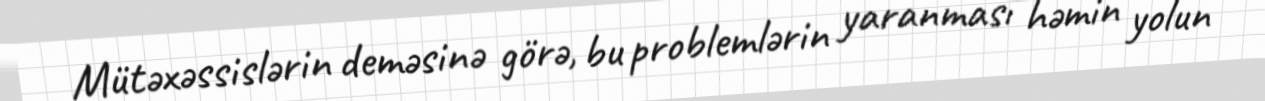
Mütəxəssislərin deməsinə görə, bu problemlərin yaranması həmin yolun